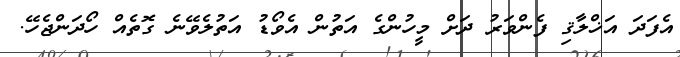
އެފަދަ އަޚްލާޤި ފެންވަރު ދަށް މީހުންގެ އަތުން އެވޯޑު އަތުލެވޭނެ ގޮތެއް ހޯދަންޖެހޭ.